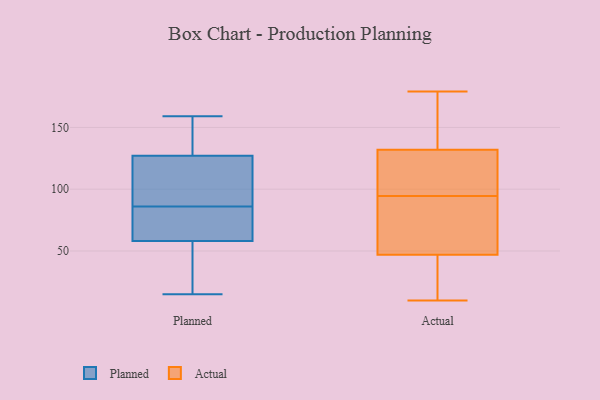
{"axis": {"x": "Inventory Turnover", "y": "Value"}, "legend": ["Actual", "Planned"], "data": [{"x": "", "y": 159, "type": "Planned"}, {"x": "", "y": 143, "type": "Planned"}, {"x": "", "y": 127, "type": "Planned"}, {"x": "", "y": 58, "type": "Planned"}, {"x": "", "y": 15, "type": "Planned"}, {"x": "", "y": 93, "type": "Planned"}, {"x": "", "y": 102, "type": "Planned"}, {"x": "", "y": 69, "type": "Planned"}, {"x": "", "y": 79, "type": "Planned"}, {"x": "", "y": 38, "type": "Planned"}, {"x": "", "y": 10, "type": "Actual"}, {"x": "", "y": 48, "type": "Actual"}, {"x": "", "y": 93, "type": "Actual"}, {"x": "", "y": 128, "type": "Actual"}, {"x": "", "y": 132, "type": "Actual"}, {"x": "", "y": 58, "type": "Actual"}, {"x": "", "y": 119, "type": "Actual"}, {"x": "", "y": 40, "type": "Actual"}, {"x": "", "y": 16, "type": "Actual"}, {"x": "", "y": 17, "type": "Actual"}, {"x": "", "y": 92, "type": "Actual"}, {"x": "", "y": 127, "type": "Actual"}, {"x": "", "y": 136, "type": "Actual"}, {"x": "", "y": 154, "type": "Actual"}, {"x": "", "y": 96, "type": "Actual"}, {"x": "", "y": 167, "type": "Actual"}, {"x": "", "y": 179, "type": "Actual"}, {"x": "", "y": 47, "type": "Actual"}]}